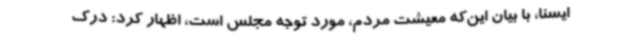
ایسنا، با بیان این‌که معیشت مردم، مورد توجه مجلس است، اظهار کرد: درک